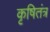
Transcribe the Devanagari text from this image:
कृषितंत्र